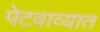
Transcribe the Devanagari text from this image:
पेटवाव्यात